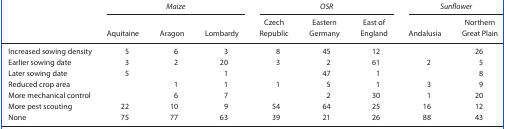
<table><thead><tr><td rowspan="2"></td><td colspan="3"><b><i>Maize</i></b></td><td colspan="3"><b><i>OSR</i></b></td><td colspan="2"><b><i>Sunflower</i></b></td></tr><tr><td><b>Aquitaine</b></td><td><b>Aragon</b></td><td><b>Lombardy</b></td><td><b>Czech Republic</b></td><td><b>Eastern Germany</b></td><td><b>East of England</b></td><td><b>Andalusia</b></td><td><b>Northern Great Plain</b></td></tr></thead><tbody><tr><td>Increased sowing density</td><td>5</td><td>6</td><td>3</td><td>8</td><td>45</td><td>12</td><td></td><td>26</td></tr><tr><td>Earlier sowing date</td><td>3</td><td>2</td><td>20</td><td>3</td><td>2</td><td>61</td><td>2</td><td>5</td></tr><tr><td>Later sowing date</td><td>5</td><td></td><td>1</td><td></td><td>47</td><td>1</td><td></td><td>8</td></tr><tr><td>Reduced crop area</td><td></td><td>1</td><td>1</td><td>1</td><td>5</td><td>1</td><td>3</td><td>9</td></tr><tr><td>More mechanical control</td><td></td><td>6</td><td>7</td><td></td><td>2</td><td>30</td><td>1</td><td>20</td></tr><tr><td>More pest scouting</td><td>22</td><td>10</td><td>9</td><td>54</td><td>64</td><td>25</td><td>16</td><td>12</td></tr><tr><td>None</td><td>75</td><td>77</td><td>63</td><td>39</td><td>21</td><td>26</td><td>88</td><td>43</td></tr></tbody></table>